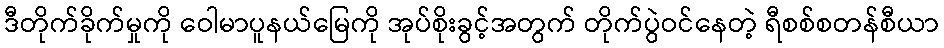
ဒီတိုက်ခိုက်မှုကို ဝေါမာပူနယ်မြေကို အုပ်စိုးခွင့်အတွက် တိုက်ပွဲဝင်နေတဲ့ ရီစစ်စတန်စီယာ